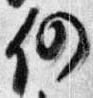
仍